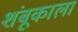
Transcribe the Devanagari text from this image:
शंबूकाला